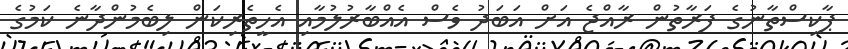
ޕާކިސްތާނުގެ ފަރާތުން ރާއްޖެ އަށް އަބަދު ވެސް އެއްބާރުލުމާއި އެހީތެރިކަން ލިބެމުންދާނެ ކަމުގެ